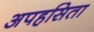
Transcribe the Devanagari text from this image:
अपहसिता